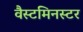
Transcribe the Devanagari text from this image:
वैस्टमिनस्टर